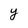
Character: y